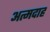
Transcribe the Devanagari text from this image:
अत्मदाह